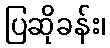
ပြဆိုခန်း၊